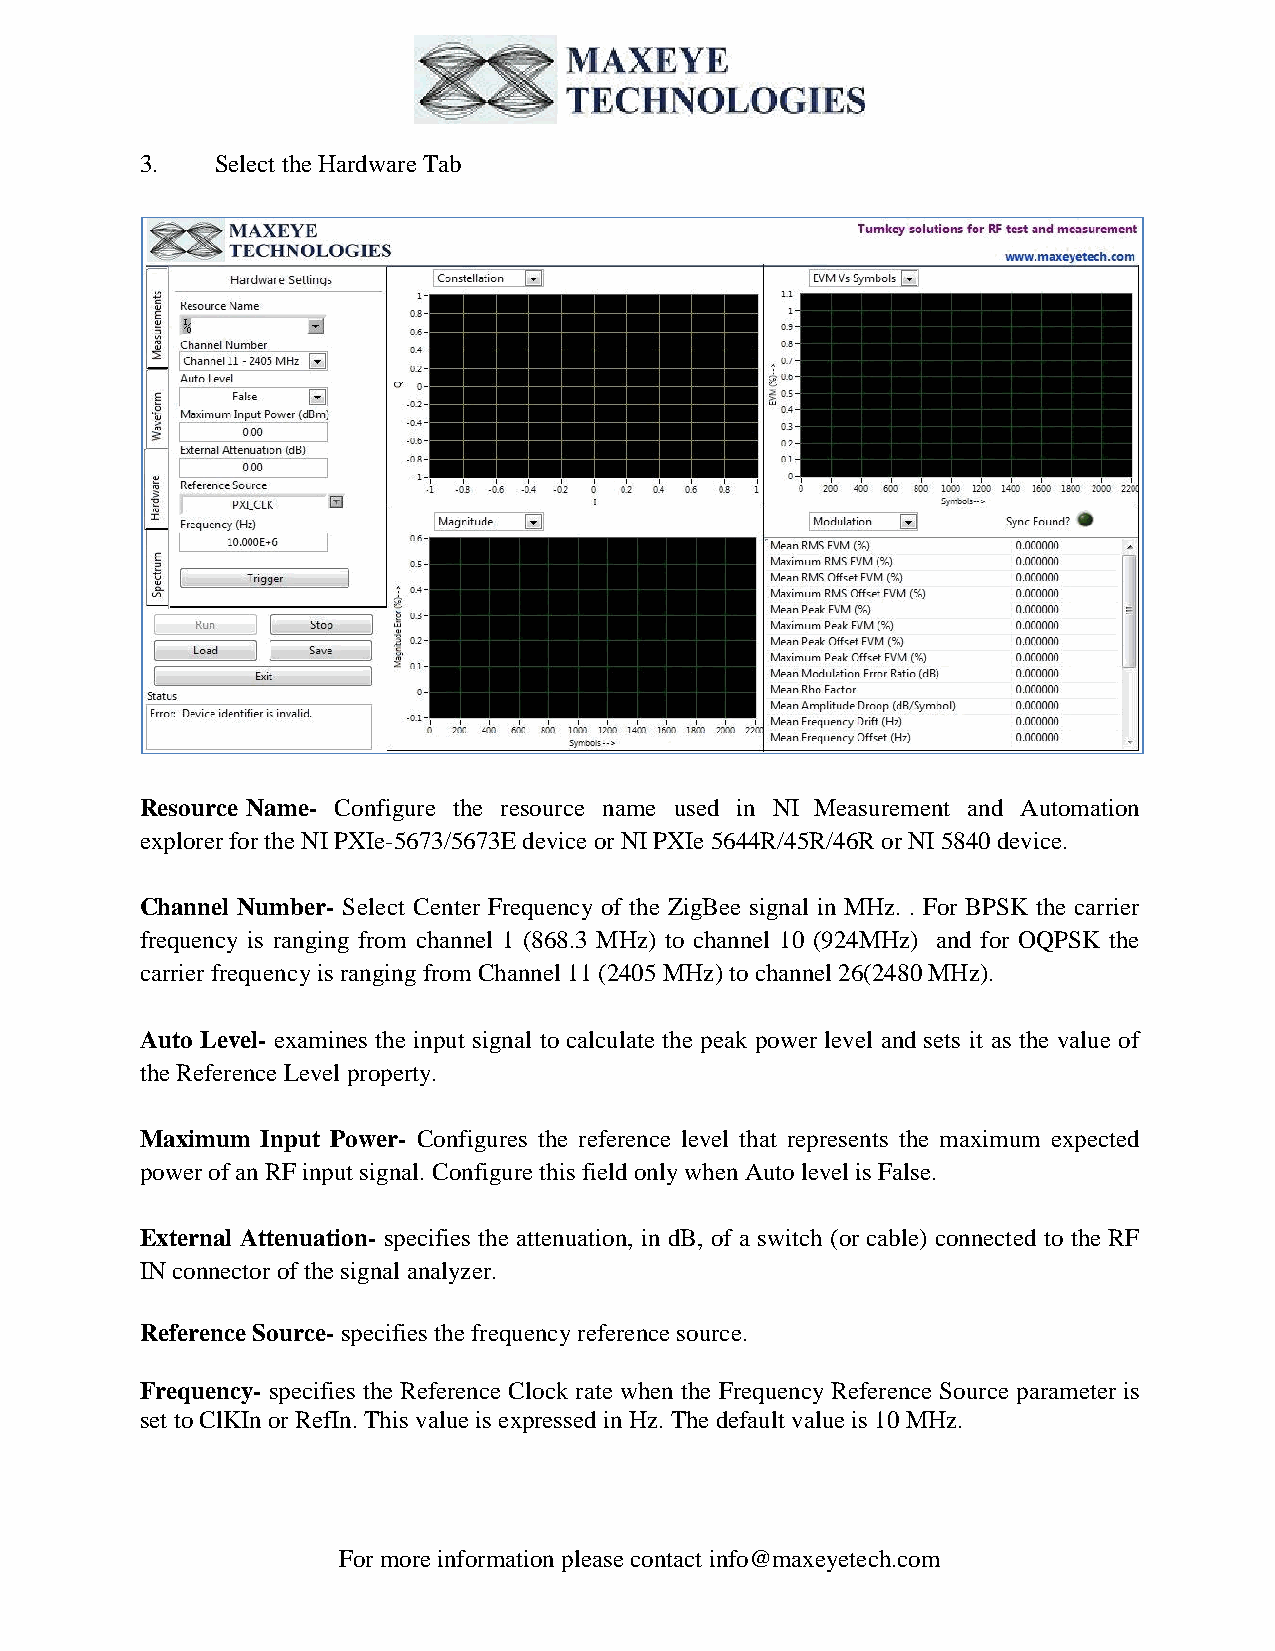
3.   Select the Hardware Tab
 Resource Name- Configure the resource name used in NI Measurement and Automation
 explorer for the NI PXIe-5673/5673E device or NI PXIe 5644R/45R/46R or NI 5840 device.
 Channel Number- Select Center Frequency of the ZigBee signal in MHz. . For BPSK the carrier
 frequency is ranging from channel 1 (868.3 MHz) to channel 10 (924MHz) and for OQPSK the
 carrier frequency is ranging from Channel 11 (2405 MHz) to channel 26(2480 MHz).
 Auto Level- examines the input signal to calculate the peak power level and sets it as the value of
 the Reference Level property.
 Maximum Input Power- Configures the reference level that represents the maximum expected
 power of an RF input signal. Configure this field only when Auto level is False.
 External Attenuation- specifies the attenuation, in dB, of a switch (or cable) connected to the RF
 IN connector of the signal analyzer.
 Reference Source- specifies the frequency reference source.
 Frequency- specifies the Reference Clock rate when the Frequency Reference Source parameter is
 set to ClKIn or RefIn. This value is expressed in Hz. The default value is 10 MHz.
 For more information please contact info@maxeyetech.com